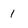
Character: 1